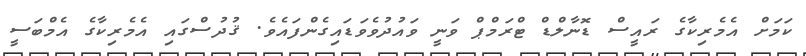
ކަމަށް އެމެރިކާގެ ރައީސް ޑޮނާލްޑް ޓްރަމްޕް ވަނީ ވައުދުވެވަޑައިގެންފައެވެ. ޤުދުސްގައި އެމެރިކާގެ އެމްބަސީ